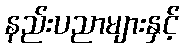
နည်းပညာများနှင့်